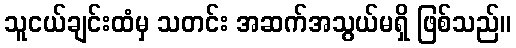
သူငယ်ချင်းထံမှ သတင်း အဆက်အသွယ်မရှိ ဖြစ်သည်။